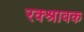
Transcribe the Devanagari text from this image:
रक्श्रावक